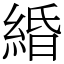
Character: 緍